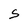
Character: S